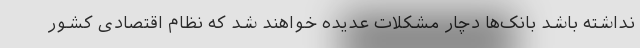
نداشته باشد بانک‌ها دچار مشکلات عدیده خواهند شد که نظام اقتصادی کشور